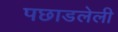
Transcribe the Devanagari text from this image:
पछाडलेली